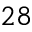
2 8